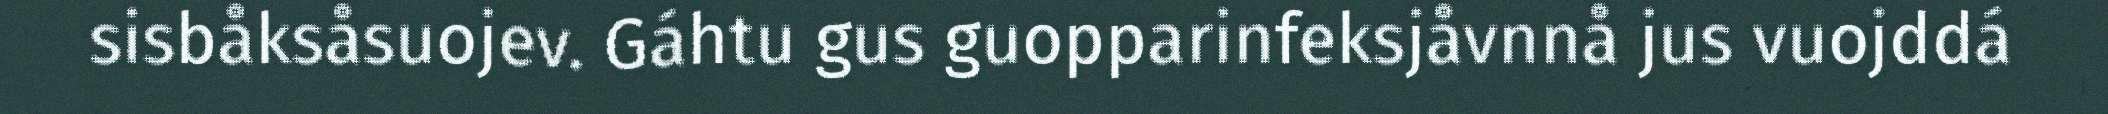
sisbåksåsuojev. Gáhtu gus guopparinfeksjåvnnå jus vuojddá